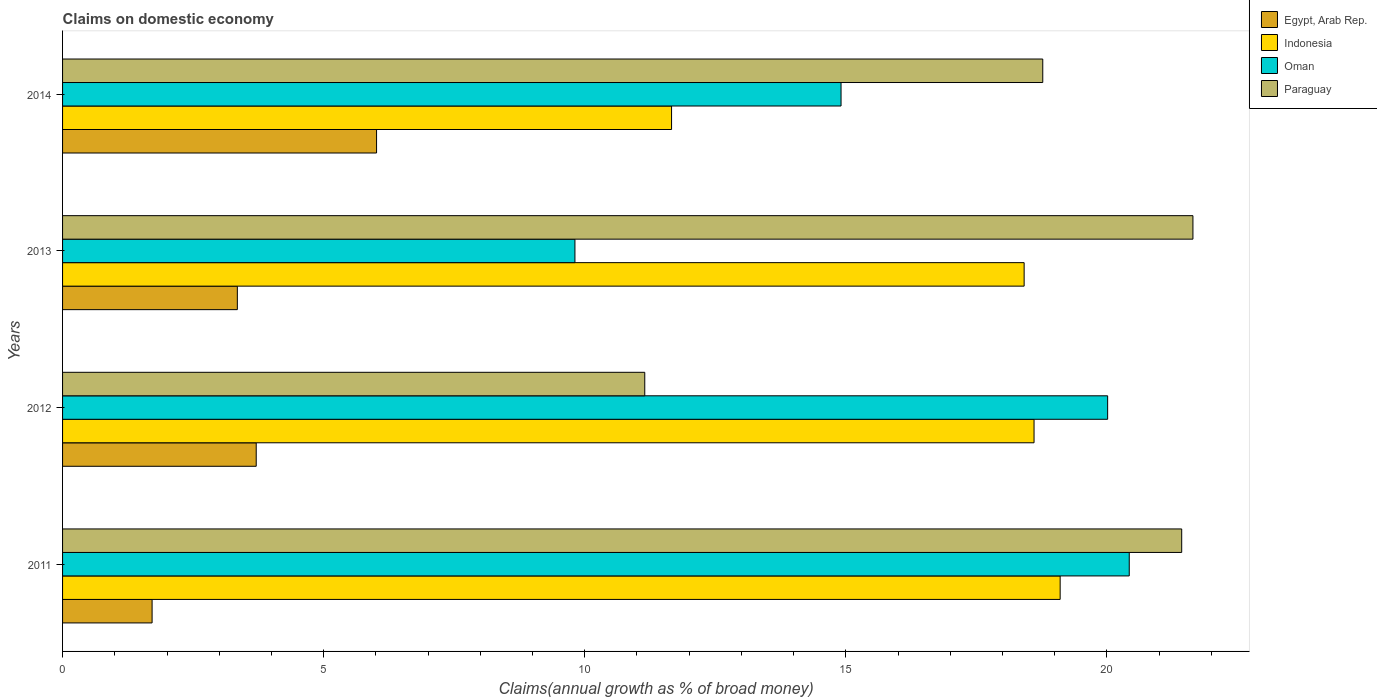
| Years | Egypt, Arab Rep. | Indonesia | Oman | Paraguay |
 | --- | --- | --- | --- | --- |
 | 2011 | 1.71 | 19.1 | 20.4 | 21.4 |
 | 2012 | 3.71 | 18.6 | 20 | 11.1 |
 | 2013 | 3.35 | 18.4 | 9.81 | 21.6 |
 | 2014 | 6.01 | 11.7 | 14.9 | 18.8 |